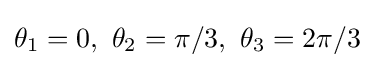
\theta _{1}=0,\ \theta _{2}=\pi /3,\ \theta _{3}=2\pi /3